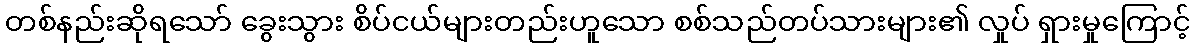
တစ်နည်းဆိုရသော် ခွေးသွား စိပ်ငယ်များတည်းဟူသော စစ်သည်တပ်သားများ၏ လှုပ် ရှားမှုကြောင့်